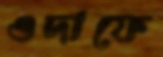
ওদাফে